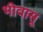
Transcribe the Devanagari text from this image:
भीवासू